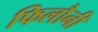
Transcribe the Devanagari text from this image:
फिलौनी